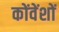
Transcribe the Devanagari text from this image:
कोंवेंशों